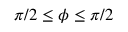
\pi / 2 \leq \phi \leq \pi / 2